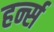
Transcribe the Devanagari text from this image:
हर्न्स